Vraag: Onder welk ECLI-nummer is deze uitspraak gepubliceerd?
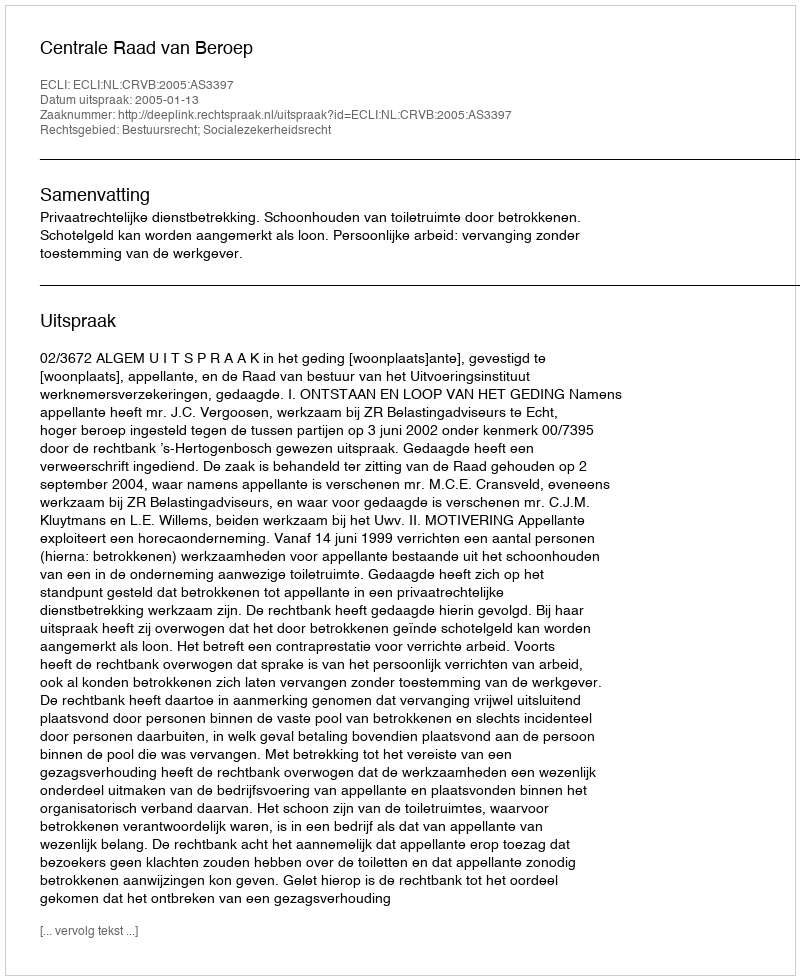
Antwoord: ECLI:NL:CRVB:2005:AS3397